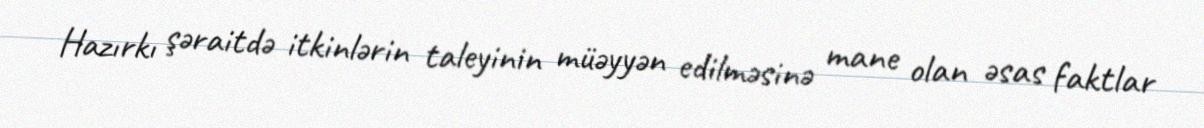
Hazırkı şəraitdə itkinlərin taleyinin müəyyən edilməsinə mane olan əsas faktlar